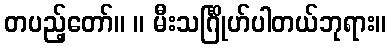
တပည့်တော်။ ။ မီးသင်္ဂြိုဟ်ပါတယ်ဘုရား။